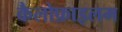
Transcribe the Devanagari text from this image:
कैलोफ़ाइलम